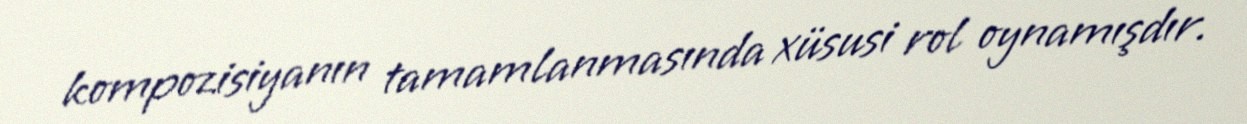
kompozisiyanın tamamlanmasında xüsusi rol oynamışdır.